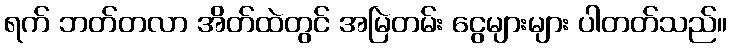
ရက် ဘတ်တလာ အိတ်ထဲတွင် အမြဲတမ်း ငွေများများ ပါတတ်သည်။